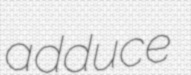
adduce